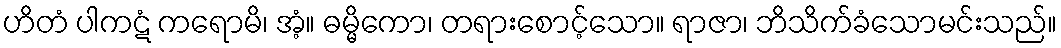
ဟိတံ ပါကဋံ ကရောမိ၊ အံ့။ ဓမ္မိကော၊ တရားစောင့်သော။ ရာဇာ၊ ဘိသိက်ခံသောမင်းသည်။